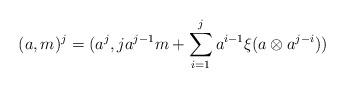
LaTeX: \begin{align*} (a,m)^j &= (a^j, ja^{j-1}m + \sum_{i=1}^j a^{i-1}\xi(a \otimes a^{j-i}) )\end{align*}